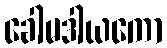
ခေါမဒါယကော